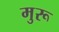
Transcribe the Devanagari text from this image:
मुरू